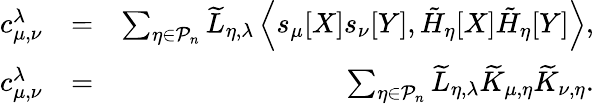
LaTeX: \begin{array}{rlr}{c_{\mu,\nu}^{\lambda}}&{=}&{\sum_{\eta\in\mathcal{P}_{n}}\widetilde{L}_{\eta,\lambda}\left\langle s_{\mu}[X]s_{\nu}[Y],\tilde{H}_{\eta}[X]\tilde{H}_{\eta}[Y]\right\rangle,}\\ {c_{\mu,\nu}^{\lambda}}&{=}&{\sum_{\eta\in\mathcal{P}_{n}}\widetilde{L}_{\eta,\lambda}\widetilde{K}_{\mu,\eta}\widetilde{K}_{\nu,\eta}.}\end{array}